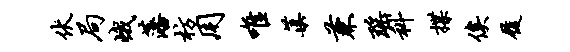
伏局峨藩枋用唯蕖兼瑶科揲俟履